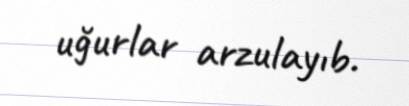
uğurlar arzulayıb.